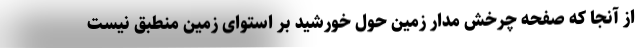
از آنجا که صفحه چرخش مدار زمین حول خورشید بر استوای زمین منطبق نیست